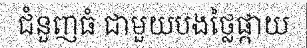
ជំនួញធំ ជាមួយបងថ្លៃផ្កាយ